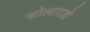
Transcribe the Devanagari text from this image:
कोलाराडो